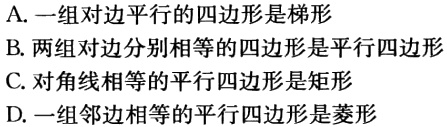
A. 一组对边平行的四边形是梯形

B. 两组对边分别相等的四边形是平行四边形

C. 对角线相等的平行四边形是矩形

D. 一组邻边相等的平行四边形是菱形